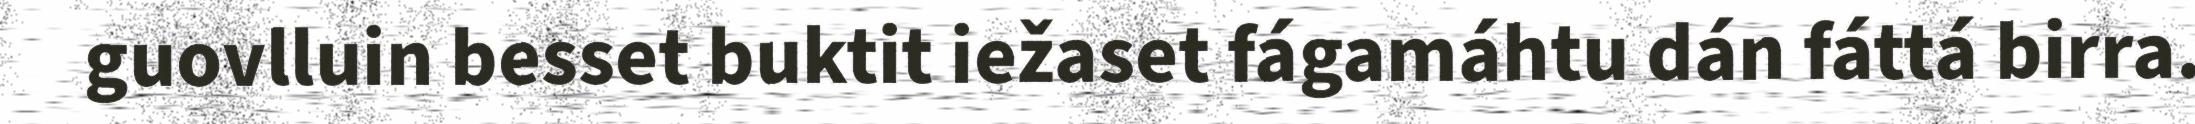
guovlluin besset buktit iežaset fágamáhtu dán fáttá birra.